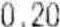
0.20